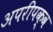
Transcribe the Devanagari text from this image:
अपरीपक्व